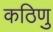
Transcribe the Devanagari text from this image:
कठिणु